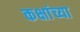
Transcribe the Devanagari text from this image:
कक्षांच्या